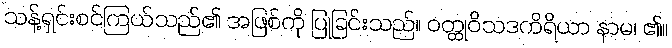
သန့်ရှင်းစင်ကြယ်သည်၏ အဖြစ်ကို ပြုခြင်းသည်။ ဝတ္ထုဝိသဒကိရိယာ နာမ၊ ၏။